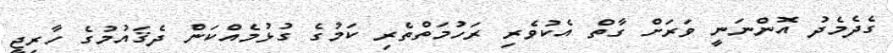
ގެދެމެދު އޮންނަނީ ވަރަށް ގާތް އެކުވެރި ރަހުމަތްތެރި ކަމުގެ ގުޅުމެއްކަން ދެޤައުމުގެ ހާރިޖީ